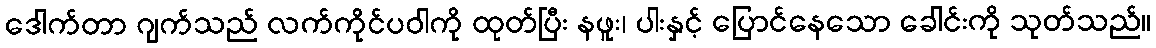
ဒေါက်တာ ဂျက်သည် လက်ကိုင်ပဝါကို ထုတ်ပြီး နဖူး၊ ပါးနှင့် ပြောင်နေသော ခေါင်းကို သုတ်သည်။